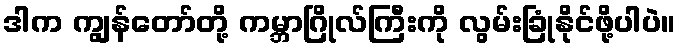
ဒါက ကျွန်တော်တို့ ကမ္ဘာဂြိုလ်ကြီးကို လွမ်းခြုံနိုင်ဖို့ပါပဲ။